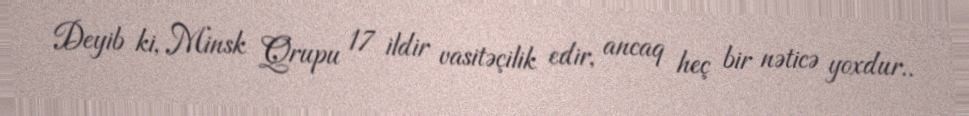
Deyib ki, Minsk Qrupu 17 ildir vasitəçilik edir, ancaq heç bir nəticə yoxdur..